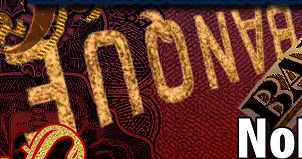
BANQUE